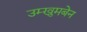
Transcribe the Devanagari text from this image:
उम्खुमबेन